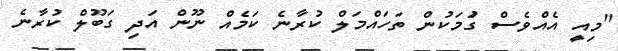
"މިއީ އެއްވެސް ގަުމަކުން ތަހައްމަލް ކުރާނެ ކަމެއް ނޫން އަދި ގަބޫލް ކުރާނެ